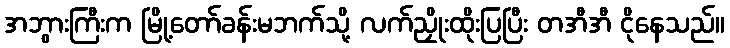
အဘွားကြီးက မြို့တော်ခန်းမဘက်သို့ လက်ညှိုးထိုးပြပြီး တအီအီ ငိုနေသည်။